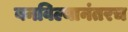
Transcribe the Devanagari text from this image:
बनविल्यानंतरच